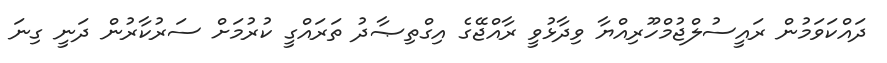
ދައްކަވަމުން ރައީސުލްޖުމްހޫރިއްޔާ ވިދާޅުވީ ރާއްޖޭގެ އިގްތިޞާދު ތަރައްގީ ކުރުމަށް ސަރުކާރުން ދަނީ ގިނަ